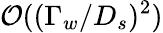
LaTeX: \mathcal{O}((\Gamma_{w}/D_{s})^{2})